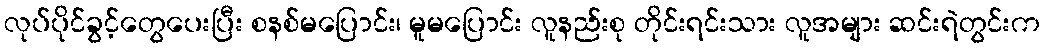
လုပ်ပိုင်ခွင့်တွေပေးပြီး စနစ်မပြောင်း၊ မူမပြောင်း လူနည်းစု တိုင်းရင်းသား လူအများ ဆင်းရဲတွင်းက